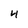
Character: 4